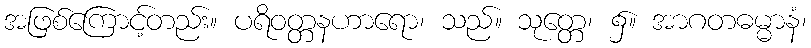
အဖြစ်ကြောင့်တည်း။ ပရိဝတ္တနဟာရော၊ သည်။ သုတ္တေ၊ ၌။ အာဂတဓမ္မာနံ၊